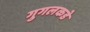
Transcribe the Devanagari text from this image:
गुगलकडे